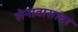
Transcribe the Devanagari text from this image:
सेनावासावर